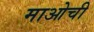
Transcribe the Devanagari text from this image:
माओची